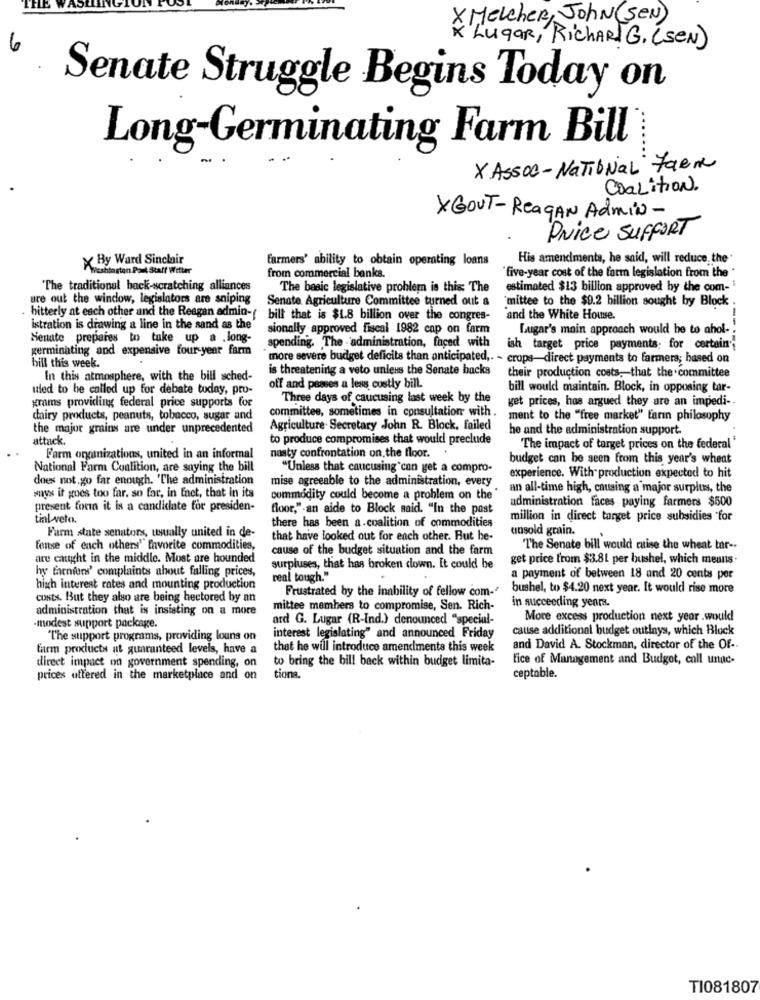
X Melcher, John (SEN)
K Lugar, RichARTG. (SEN)
Senate Struggle Begins Today on
Long-Germinating Farm Bill
X Assoc - National Farne
Coalition.
XGOUT-ReagAN Admin -
Price SUFFORT
X By Ward Sinclair
Farmers' ability to obtain operating loans
His amendments, he said, will reduce the'
Weshtorten Pout Staff Witter
from commercial banks.
five-year cost of the farm legislation from the *
The traditional hack-scratching alliances
The basic legislative problem is this The
estimated $13 billion approved by the com-
ure out the window, legislators are sniping
Senate Agriculture Committee turned out &
hitterly at each other and the Reagan admin-
mittee to the $9.2 billion sought by Block
bill that is $1.8 billion over the congres-
and the White House.
istration is drawing a line in the sand as the'
sionally approved fiscal 1982 cap on farm
Lugar's main approach would be to ahol-
Senate prepares to take up a .long-
germinating and expensive four-year farm
spending. The administration, faced with
ish target price payments; for certain;
bill this week.
more severe budget deficits than anticipated ,. - crops-direct payments to farmers; based on
is threatening a veto unless the Senate backs
In this atmosphere, with the bill sched-
their production costs, that the committee
uled to he called up for debate today, pro-
off and passes a less costly bill.
bill would maintain. Block, in opposing tar-
grams providing federal price supports for
Three days of caucusing last week by the
get prices, has argued they are an impedi-
committee, sometimes in consultation with .
dairy products, peanuts, tobacco, sugar and
ment to the "free market" Ların philosophy
the major grains are under unprecedented
Agriculture Secretary John R. Block, failed
he and the administration support.
attack .
to produce compromises that would preclude
"The impact of target prices on the federal "
F'arm organizations, united in an informal
nasty confrontation on the floor. .
budget can be seen from this year's wheat
National Farm Coalition, are saying the bill
"Unless that caucusing can get a compro-
does not. go far enough. 'The administration
mise agreeable to the administration, every
experience. With production expected to hit
an all-time high, causing a major surplus, the
ways it goes too far. so far, in fact, that in its
commodity could become a problem on the
administration faces paying farmers $500
present forin it is a candidate for presiden-
floor,"-an aide to Block said. "In the past
tinl-veto.
million in direct target price subsidies for
there has been a coalition of commodities
unsold grain.
Farm state senators, usually united in de-
that have looked out for each other. But he-
fense of each others" favorite commodities,
cause of the budget situation and the farm
The Senate bill would cuise the wheat tar --
are caught in the middle. Most are bounded
get price from $3.8L per bushel, which means.
hy farnium' complaints about falling prices,
surpluses, that has broken down. It could be
real tough."
a payment of between 18 and 20 cents per
high interest rates and mounting production
Frustrated by the inability of fellow com-
bushel, to $4.20 next year. It would rise more
costs. But they also are being hectored by an
administration that is insisting on a more
mittee members to compromise, Sen. Rich-
in succeeding yeara.
ard G. Lugar (R-Ind.) denounced "special-
More excess production next year .would
modest support package.
cause additional budget outlnys, which Block
"The support programs, providing louns on
interest legislating" and announced Friday
farm products nt guaranteed levels, have a
that he will introduce amendments this week
and David A. Stockman, director of the Of ..
to bring the bill back within budget limita-
fice of Management and Budget, call unac-
direct impact on government spending, on
prices offered in the marketplace and on
tiona.
ceptable.
TI081807